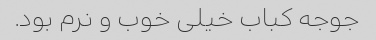
جوجه کباب خیلی خوب و نرم بود.